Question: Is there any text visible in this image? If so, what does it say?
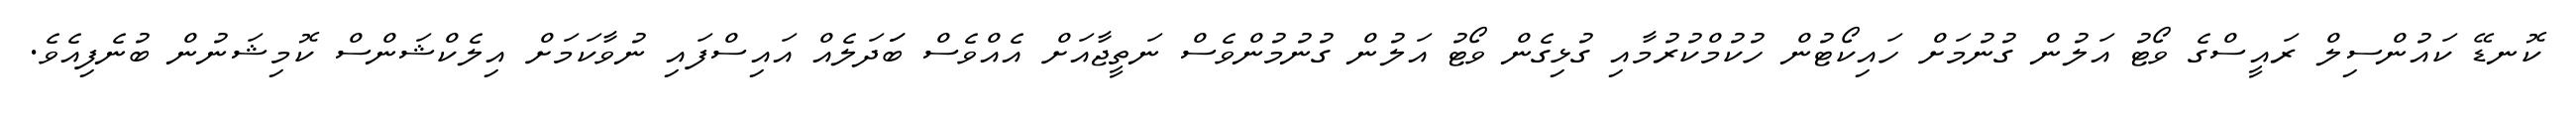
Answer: ކޮނޑޭ ކައުންސިލް ރައީސްގެ ވޯޓު އަލުން ގުނުމަށް ހައިކޯޓުން ހުކުމްކުރުމާއި ގުޅިގެން ވޯޓު އަލުން ގުނުމުންވެސް ނަތީޖާއަށް އެއްވެސް ބަަދަލެއް އައިސްފައި ނުވާކަމަށް އިލެކްޝަންސް ކޮމިޝަނުން ބުނެފިއެވެ.